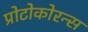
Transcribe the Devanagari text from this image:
प्रोटोकोरन्स